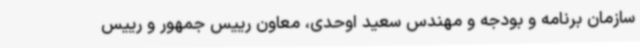
سازمان برنامه و بودجه و مهندس سعید اوحدی، معاون رییس جمهور و رییس